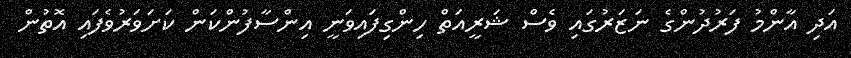
އަދި އާންމު ފަރުދުންގެ ނަޒަރުގައި ވެސް ޝަރީއަތް ހިންގިފައިވަނީ އިންސާފުންކަން ކަށަވަރުވެފައި އޮތުން